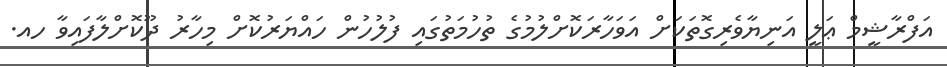
އަފްރާޝީމް ޢަލީ އަނިޔާވެރިގޮތަކަށް އަވަހާރަކޮށްލުމުގެ ތުހުމަތުގައި ފުލުހުން ހައްޔަރުކޮށް މިހާރު ދޫކޮށްލާފައިވާ ހއ.